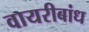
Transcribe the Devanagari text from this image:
वायरीबांध